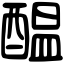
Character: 醖